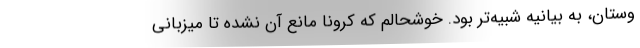
وستان، به بیانیه شبیه‌تر بود. خوشحالم که کرونا مانع آن نشده تا میزبانی